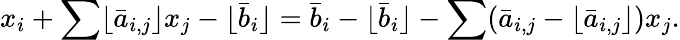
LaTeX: x_{i}+\sum\lfloor{\bar{a}}_{i,j}\rfloor x_{j}-\lfloor{\bar{b}}_{i}\rfloor={\bar{b}}_{i}-\lfloor{\bar{b}}_{i}\rfloor-\sum({\bar{a}}_{i,j}-\lfloor{\bar{a}}_{i,j}\rfloor)x_{j}.